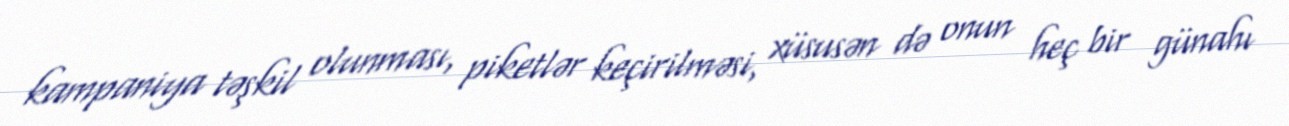
kampaniya təşkil olunması, piketlər keçirilməsi, xüsusən də onun heç bir günahı